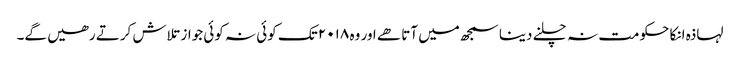
لہاذہ انکا حکومت نہ چلنے دینا سمجھ میں آتا ھے اور وہ ۲۰۱۸ تک کوئی نہ کوئی جواز تلاش کرتے رھیں گے۔